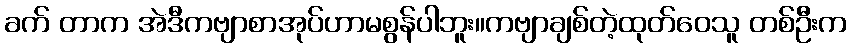
ခက် တာက အဲဒီကဗျာစာအုပ်ဟာမစွန်ပါဘူး။ကဗျာချစ်တဲ့ထုတ်ဝေသူ တစ်ဦးက